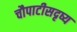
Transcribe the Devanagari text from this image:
चौपाटीसदृष्य